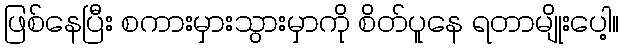
ဖြစ်နေပြီး စကားမှားသွားမှာကို စိတ်ပူနေ ရတာမျိုးပေါ့။